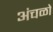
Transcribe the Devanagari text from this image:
अंचळो